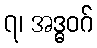
၇၊ အဒ္ဓဝဂ်